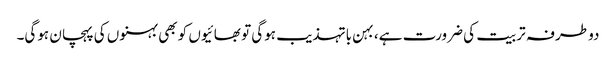
دو طرفہ تربیت کی ضرورت ہے، بہن باتہذیب ہوگی تو بھائیوں کو بھی بہنوں کی پہچان ہوگی۔